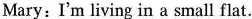
Mary:I'm living in a small flat.